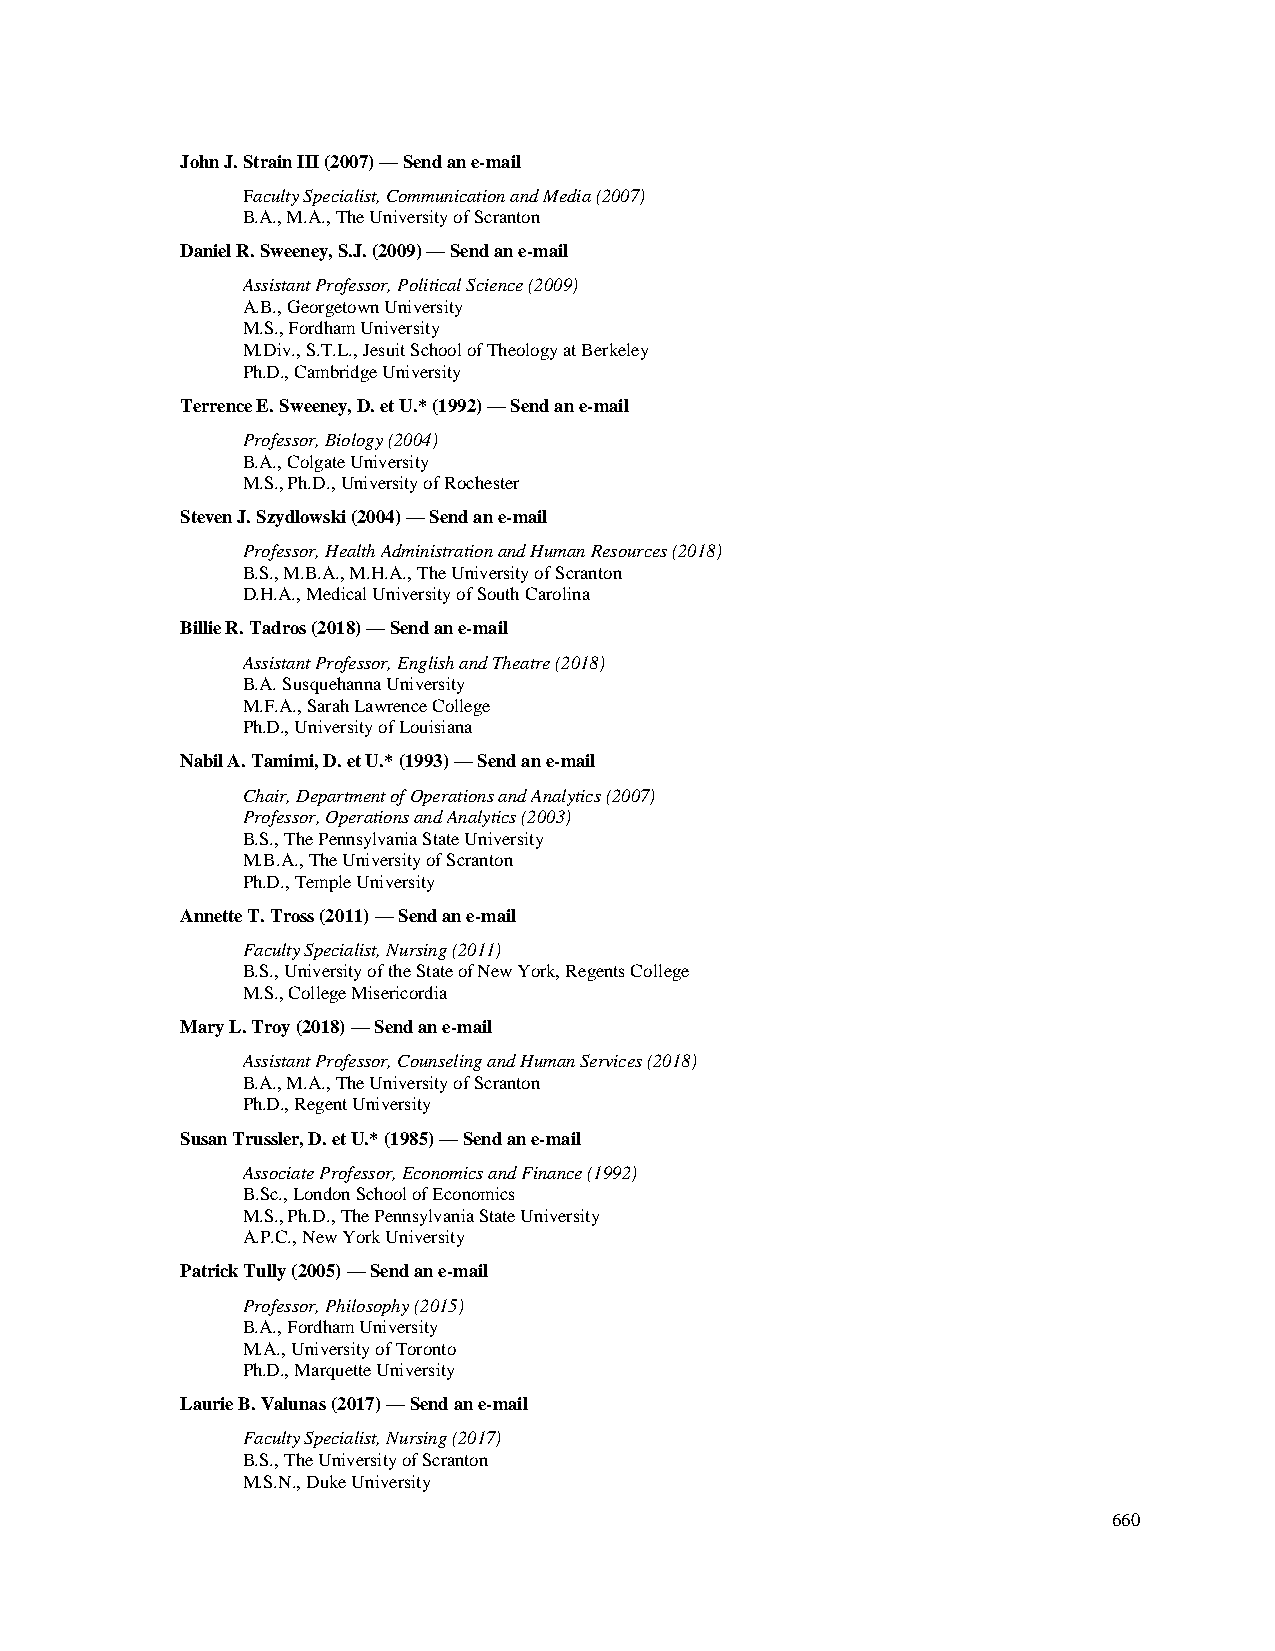
John J. Strain III (2007) — Send an e-mail
 Faculty Specialist, Communication and Media (2007)
 B.A., M.A., The University of Scranton
 Daniel R. Sweeney, S.J. (2009) — Send an e-mail
 Assistant Professor, Political Science (2009)
 A.B., Georgetown University
 M.S., Fordham University
 M.Div., S.T.L., Jesuit School of Theology at Berkeley
 Ph.D., Cambridge University
 Terrence E. Sweeney, D. et U.* (1992) — Send an e-mail
 Professor, Biology (2004)
 B.A., Colgate University
 M.S., Ph.D., University of Rochester
 Steven J. Szydlowski (2004) — Send an e-mail
 Professor, Health Administration and Human Resources (2018)
 B.S., M.B.A., M.H.A., The University of Scranton
 D.H.A., Medical University of South Carolina
 Billie R. Tadros (2018) — Send an e-mail
 Assistant Professor, English and Theatre (2018)
 B.A. Susquehanna University
 M.F.A., Sarah Lawrence College
 Ph.D., University of Louisiana
 Nabil A. Tamimi, D. et U.* (1993) — Send an e-mail
 Chair, Department of Operations and Analytics (2007)
 Professor, Operations and Analytics (2003)
 B.S., The Pennsylvania State University
 M.B.A., The University of Scranton
 Ph.D., Temple University
 Annette T. Tross (2011) — Send an e-mail
 Faculty Specialist, Nursing (2011)
 B.S., University of the State of New York, Regents College
 M.S., College Misericordia
 Mary L. Troy (2018) — Send an e-mail
 Assistant Professor, Counseling and Human Services (2018)
 B.A., M.A., The University of Scranton
 Ph.D., Regent University
 Susan Trussler, D. et U.* (1985) — Send an e-mail
 Associate Professor, Economics and Finance (1992)
 B.Sc., London School of Economics
 M.S., Ph.D., The Pennsylvania State University
 A.P.C., New York University
 Patrick Tully (2005) — Send an e-mail
 Professor, Philosophy (2015)
 B.A., Fordham University
 M.A., University of Toronto
 Ph.D., Marquette University
 Laurie B. Valunas (2017) — Send an e-mail
 Faculty Specialist, Nursing (2017)
 B.S., The University of Scranton
 M.S.N., Duke University
 660